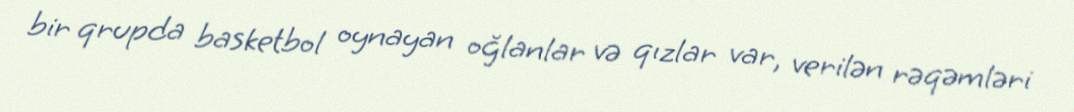
bir qrupda basketbol oynayan oğlanlar və qızlar var, verilən rəqəmləri